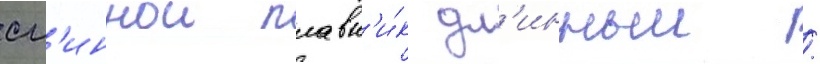
сп'иннои плавн'и́к дл'инныи /